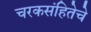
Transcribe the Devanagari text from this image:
चरकसंहितेचे